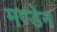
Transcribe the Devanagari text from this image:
मण्‍डेन